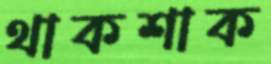
থাকশাক